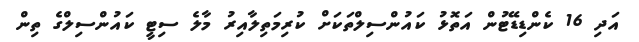
އަދި 16 ކެންޑިޑޭޓުން އަތޮޅު ކައުންސިލްތަކަށް ކުރިމަތިލާއިރު މާލެ ސިޓީ ކައުންސިލްގެ ތިން